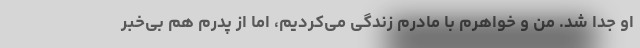
او جدا شد. من و خواهرم با مادرم زندگی می‌کردیم، اما از پدرم هم بی‌خبر